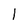
Character: 1